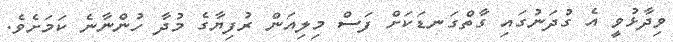
ވިދާޅުވީ އެ ގުދަނުގައި ގާތްގަނޑަކަށް ފަސް މިލިއަން ރުފިޔާގެ މުދާ ހުންނާނެ ކަމަށެވެ.